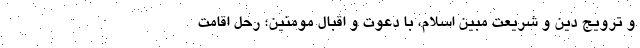
و ترویج دین و شریعت مبین اسلام، با دعوت و اقبال مومنین؛ رحل اقامت